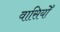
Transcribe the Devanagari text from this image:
वासियोँ